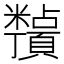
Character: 𬗀